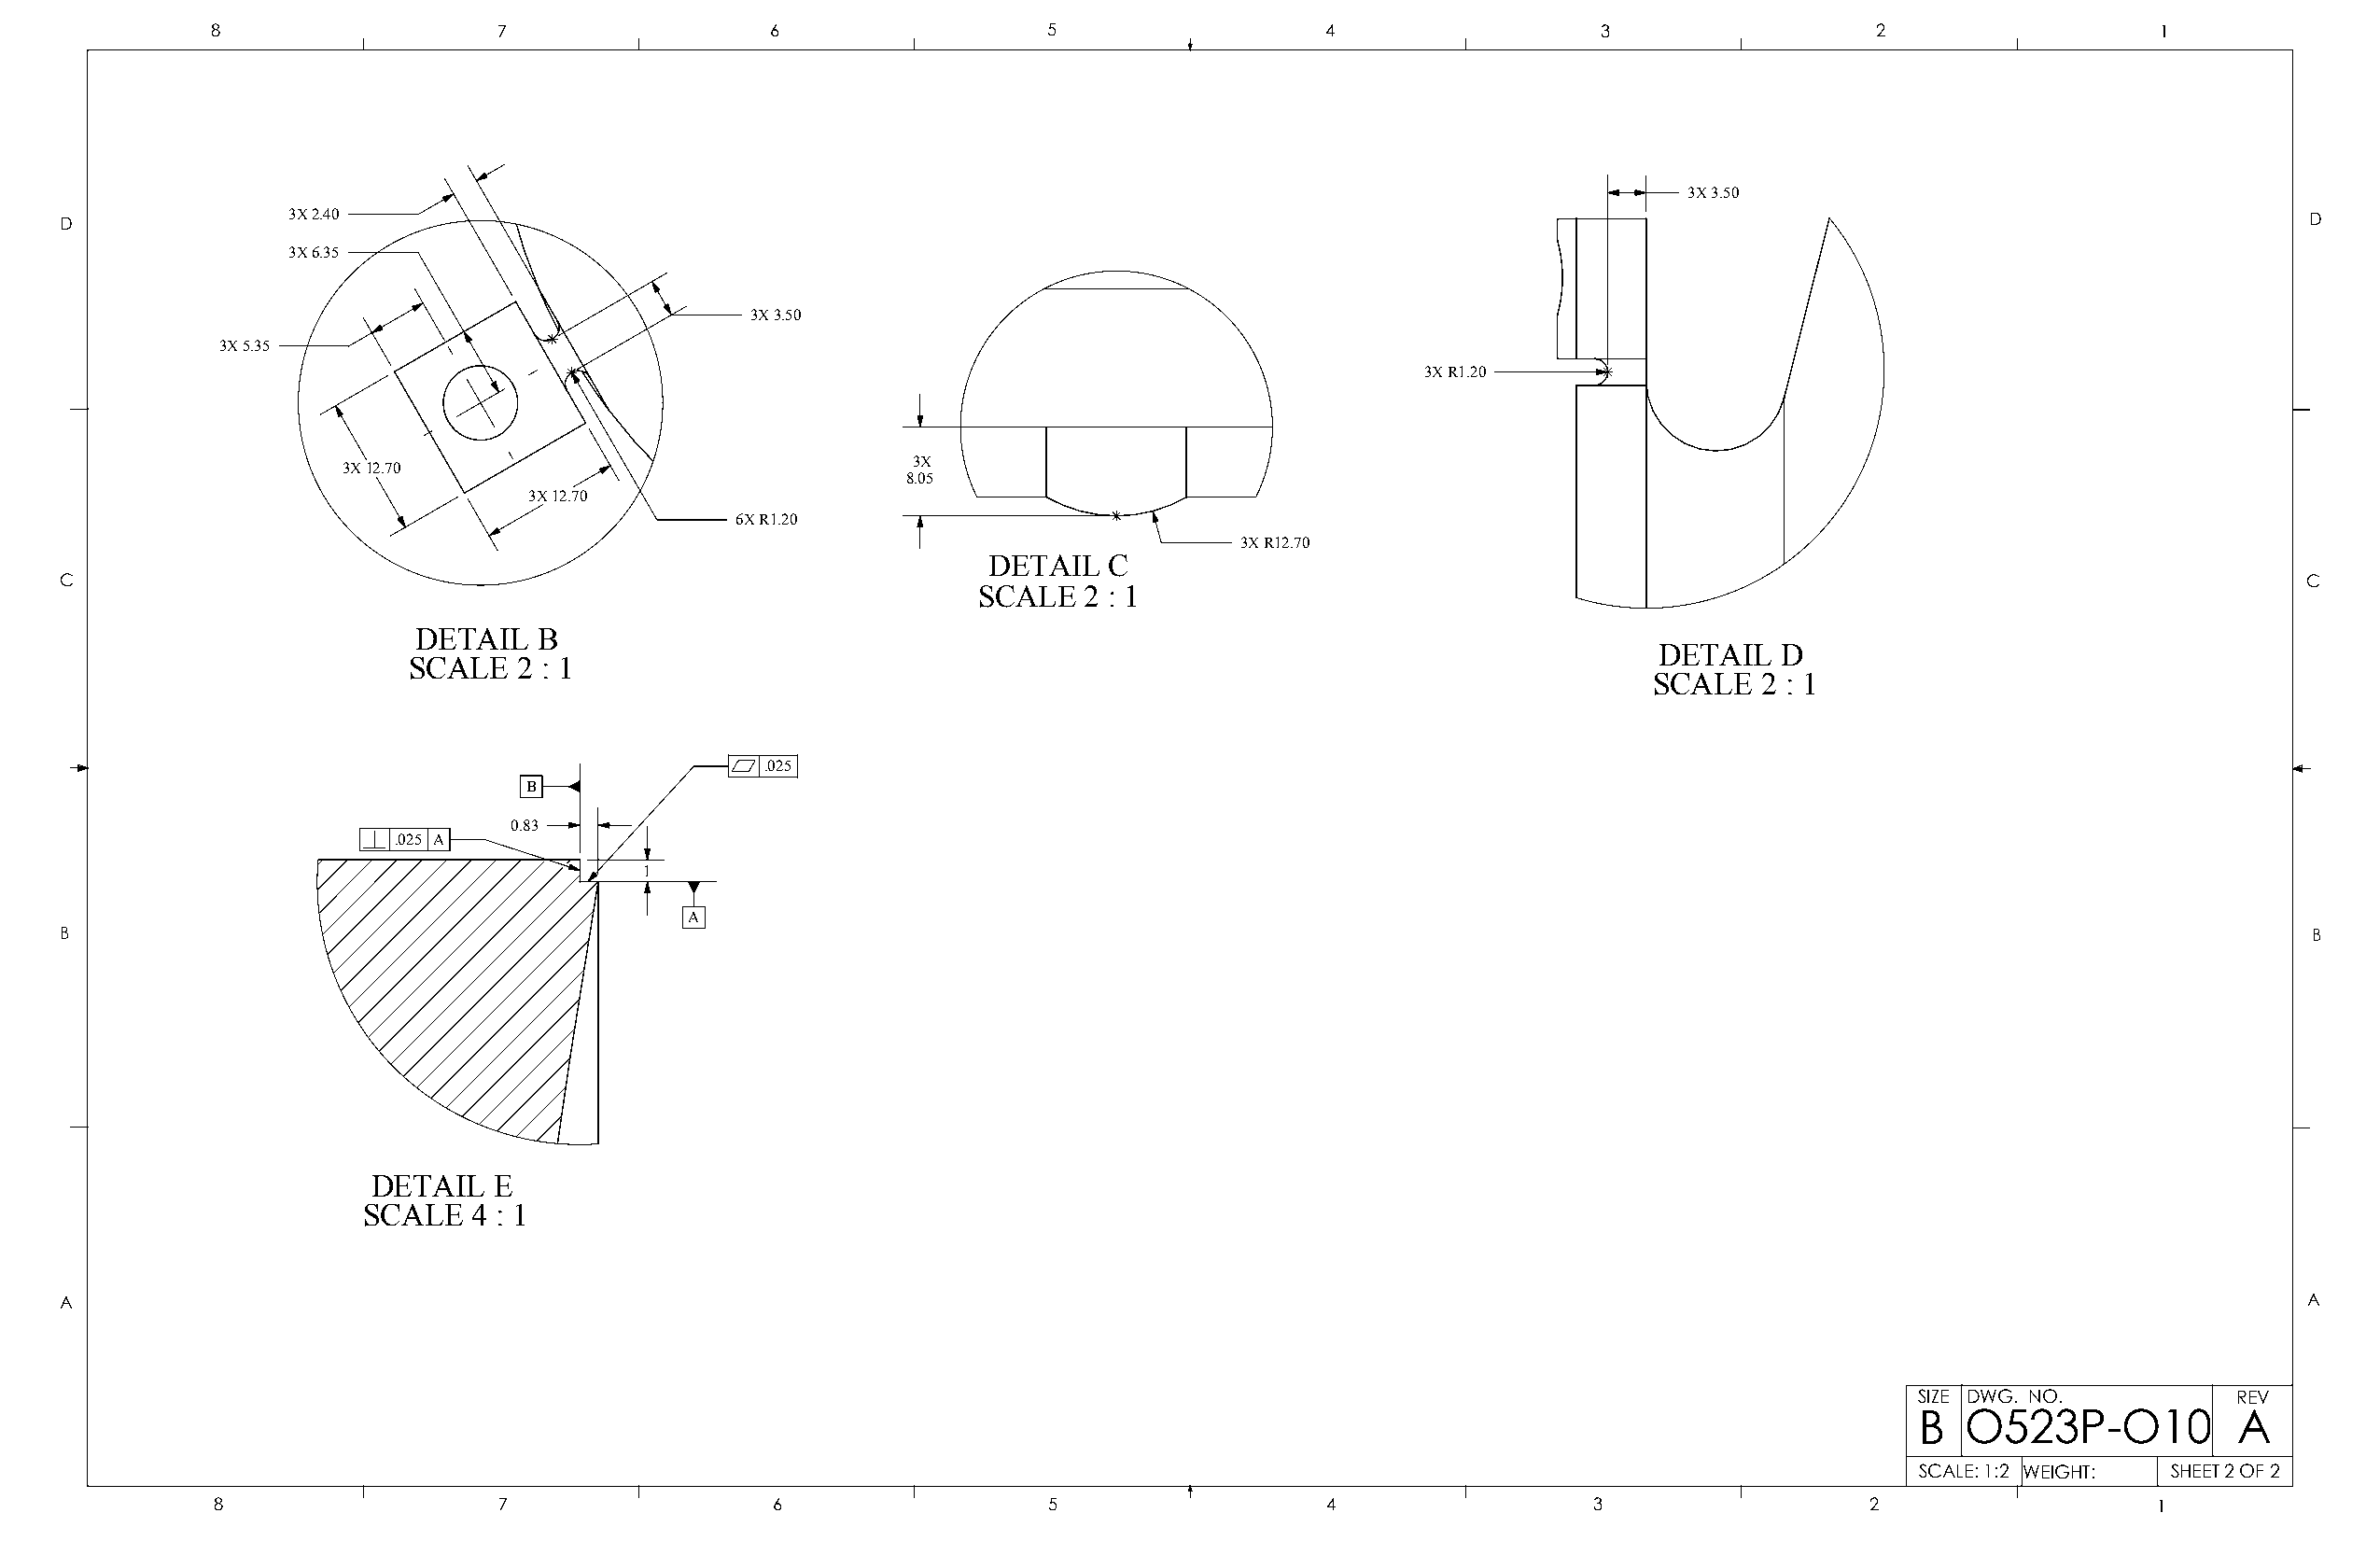
8                   7                   6                  5                   4                   3                  2                   1
 3X 3.50
 D               3X 2.40                                                                                                                                         D
 3X 6.35
 3X 3.50
 3X 5.35
 3X R1.20
 3X
 3X 12.70
 8.05
 3X 12.70
 6X R1.20
 3X R12.70
 DETAIL   C
 C                                                                                                                                                               C
 SCALE   2 : 1
 DETAIL   B
 DETAIL  D
 SCALE   2 : 1
 SCALE   2 : 1
 .025
 B
 0.83
 .025 A
 1
 A
 B                                                                                                                                                               B
 DETAIL   E
 SCALE  4 : 1
 A                                                                                                                                                               A
 SIZE DWG. NO.          REV
 B  O523P-O10           A
 SCALE: 1:2 WEIGHT: SHEET 2 OF 2
 8                   7                   6                  5                   4                  3                   2                   1